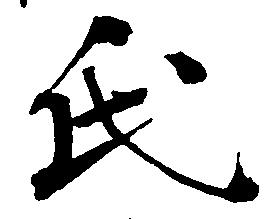
氏